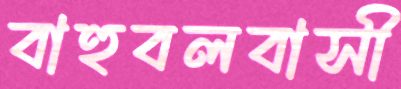
বাহুবলবাসী